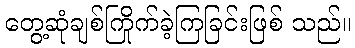
တွေ့ဆုံချစ်ကြိုက်ခဲ့ကြခြင်းဖြစ် သည်။